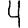
Digit: 4